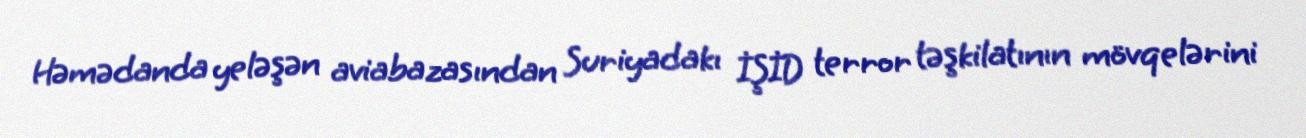
Həmədanda yeləşən aviabazasından Suriyadakı İŞİD terror təşkilatının mövqelərini